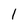
Character: 1